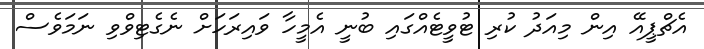
އެޗްޕީއޭ އިން މިއަދު ކުރި ޓުވީޓެއްގައި ބުނީ އެމީހާ ވައިރަހަށް ނެގެޓިވްވި ނަމަވެސް